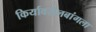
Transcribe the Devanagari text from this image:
किर्यावरीलबांगला